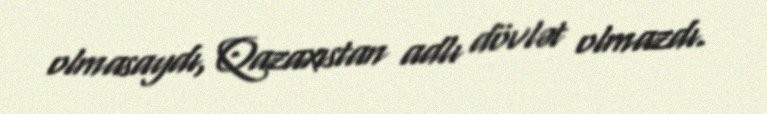
olmasaydı, Qazaxıstan adlı dövlət olmazdı.